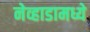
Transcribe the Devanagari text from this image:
नेव्हाडामध्ये